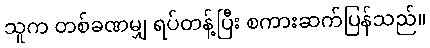
သူက တစ်ခဏမျှ ရပ်တန့်ပြီး စကားဆက်ပြန်သည်။